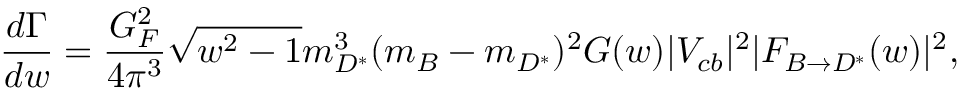
\frac { d \Gamma } { d w } = \frac { G _ { F } ^ { 2 } } { 4 \pi ^ { 3 } } \sqrt { w ^ { 2 } - 1 } m _ { D ^ { * } } ^ { 3 } ( m _ { B } - m _ { D ^ { * } } ) ^ { 2 } { \cal G } ( w ) | V _ { c b } | ^ { 2 } | { \cal F } _ { B \to D ^ { * } } ( w ) | ^ { 2 } ,